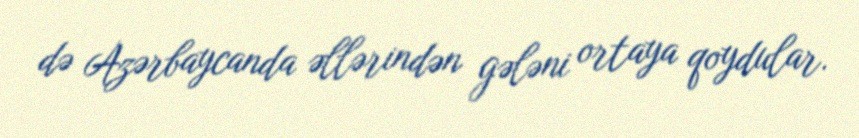
də Azərbaycanda əllərindən gələni ortaya qoydular.